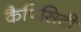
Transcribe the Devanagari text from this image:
कैपिसिटी